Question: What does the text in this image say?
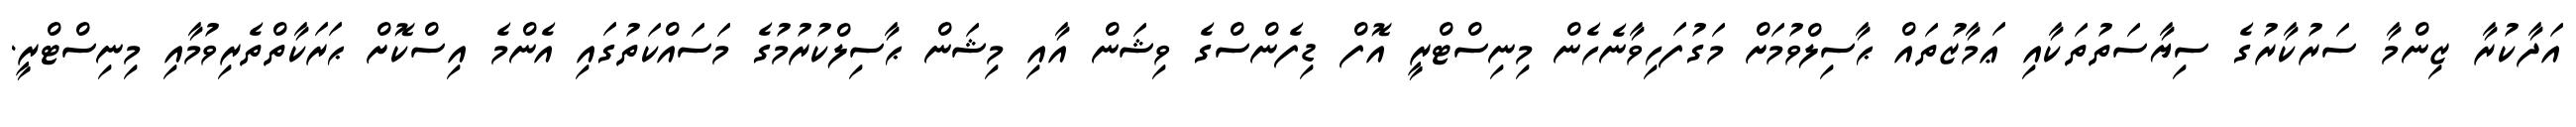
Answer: އަދާކުރާ ޒިންމާ ސަރުކާރުގެ ސިޔާސަތުތަކާއި ޢަމާޒުތައް ޙާސިލްވުމަށް މަގުފަހިވާނެހެން މިނިސްޓްރީ އޮފް ޑިފެންސްގެ ވިޝަން އާއި މިޝަން ޙާސިލްކުރުމުގެ މަސައްކަތުގައި އެންމެ އިސްކޮށް ޙަރަކާތްތެރިވުމާއި މިނިސްޓްރީ.